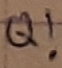
Text: Q!